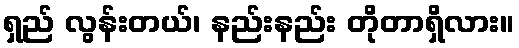
ရှည် လွန်းတယ်၊ နည်းနည်း တိုတာရှိလား။